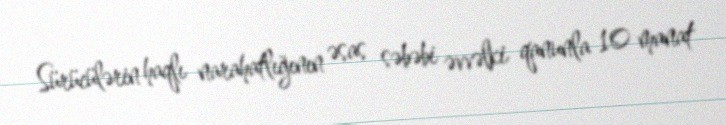
Sürücülərin haqlı narahatlığının əsas səbəbi əvvəlki qanunla 10 manat